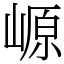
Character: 㟲